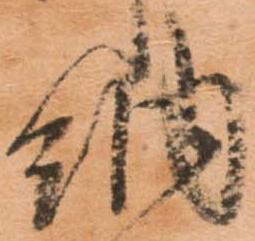
納